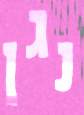
נגן